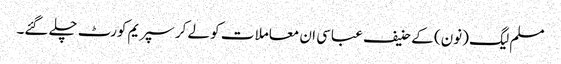
مسلم لیگ (نون) کے حنیف عباسی ان معاملا ت کو لے کر سپریم کورٹ چلے گئے۔